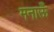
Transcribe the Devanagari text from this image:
मनाऊँ